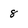
Character: 8